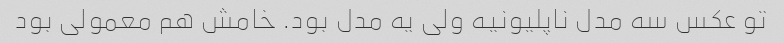
تو عکس سه مدل ناپلیونیه ولی یه مدل بود. خامش هم معمولی بود